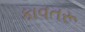
કાવતરૂ